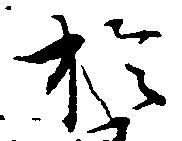
於